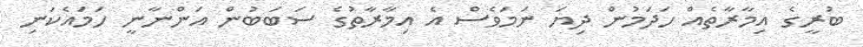
ބުރީގެ އިމާރާތެއް ހަދަމުން ދިޔަ ނަމަވެސް އެ އިމާރާތުގެ ސަބަބުން އަންނާނީ ހަމައެކަނި